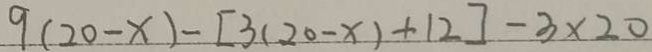
9 ( 2 0 - x ) - [ 3 ( 2 0 - x ) + 1 2 ] - 3 \times 2 0